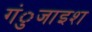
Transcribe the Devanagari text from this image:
गंुजाइश